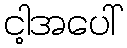
ငါ့အပေါ်